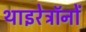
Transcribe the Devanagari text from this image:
थाइरेट्रॉनों